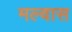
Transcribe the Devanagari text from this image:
मल्वास